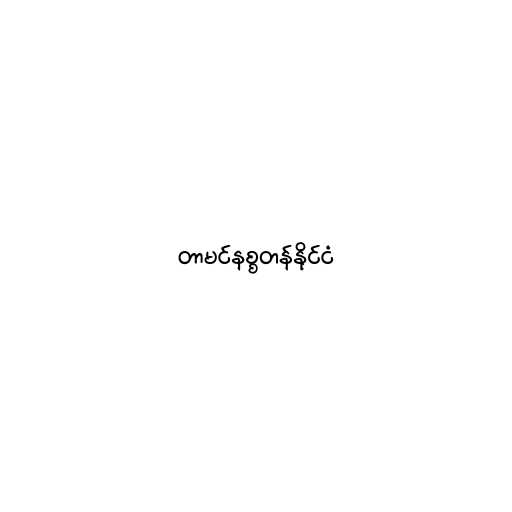
တာမင်နစ္စတန်နိုင်ငံ